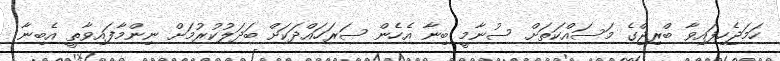
ހަމަޖެހިފައިވާ ބްރިޖްގެ މަސައްކަތަށް ސުނާމީ ބިނާ އެހެން ސަރަހައްދަކަށް ބަދަލުކުރުމަށް ނިންމާފައިވާތީ އެބިނާ